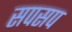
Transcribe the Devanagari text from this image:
सपसप